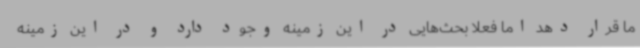
ما قرار دهد اما فعلا بحث‌هایی در این زمینه وجود دارد و در این زمینه